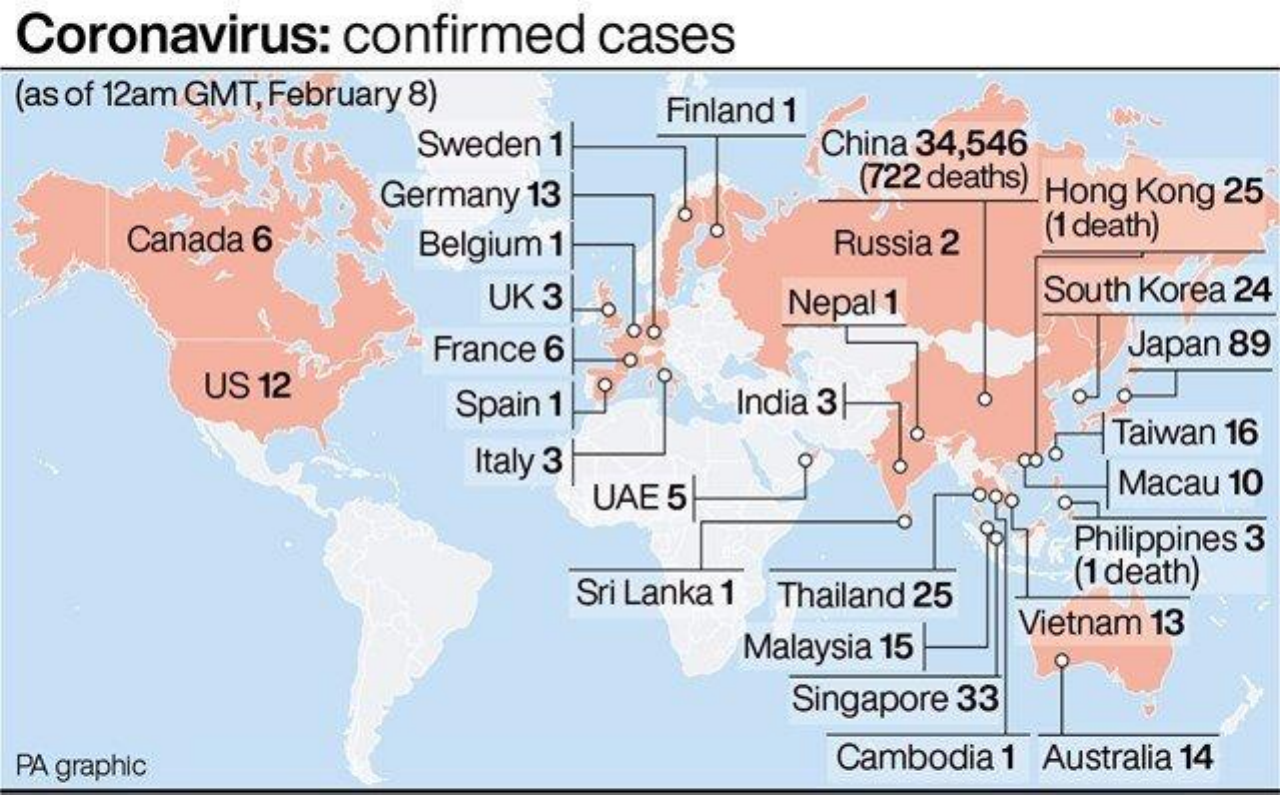
Coronavirus: confirmed cases
  (as of 12am GMT, February 8) Finland 1
     Sweden 1    China 34,546
     Germany 13
     (722 deaths) Hong Kong 25
     Canada 6    Belgium 1    Russia 2
     (1 death)
     UK 3    Nepal 1   South Korea 24
     France 6    Japan 89
     US 12
     Spain 1    India 3|    O
     Italy 3
     Taiwan 16
     UAE 5    000
     Macau 10
     Philippines 3
     Sri Lanka 1 Thailand 25
     (1 death)
     Malaysia 15
     Vietnam 13
     Singapore 33
  PA graphic    Cambodia 1 Australia 14